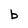
Character: b